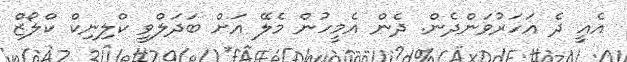
އެއީ ދެ އަހަރުވަންދެން. ދެން އެމީހުން މެލޭ އަށް ބަދަލްވީ ކްލިނިކް ކްލޯޒް